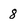
Character: 8